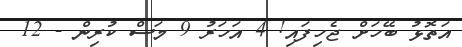
އަތޮޅު ބޭހަށް ޖެހިފައި! 4 އަހަރު 9 މަސް ކުރިން - 12